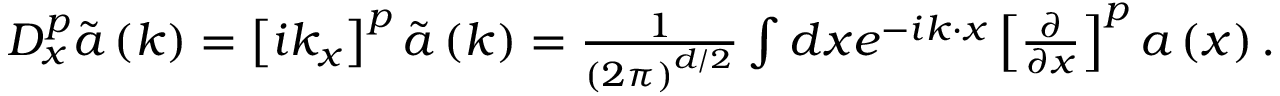
\begin{array} { r } { D _ { x } ^ { p } \tilde { \boldsymbol { a } } \left( \boldsymbol { k } \right) = \left[ i k _ { x } \right] ^ { p } \tilde { \boldsymbol { a } } \left( \boldsymbol { k } \right) = \frac { 1 } { \left( 2 \pi \right) ^ { d / 2 } } \int d \boldsymbol { x } e ^ { - i \boldsymbol { k } \cdot \boldsymbol { x } } \left[ \frac { \partial } { \partial x } \right] ^ { p } \boldsymbol { a } \left( \boldsymbol { x } \right) . } \end{array}